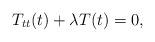
LaTeX: \begin{align*}T_{tt}(t) + \lambda T(t) = 0,\end{align*}